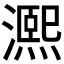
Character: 𤀠